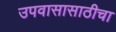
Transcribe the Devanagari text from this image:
उपवासासाठीचा